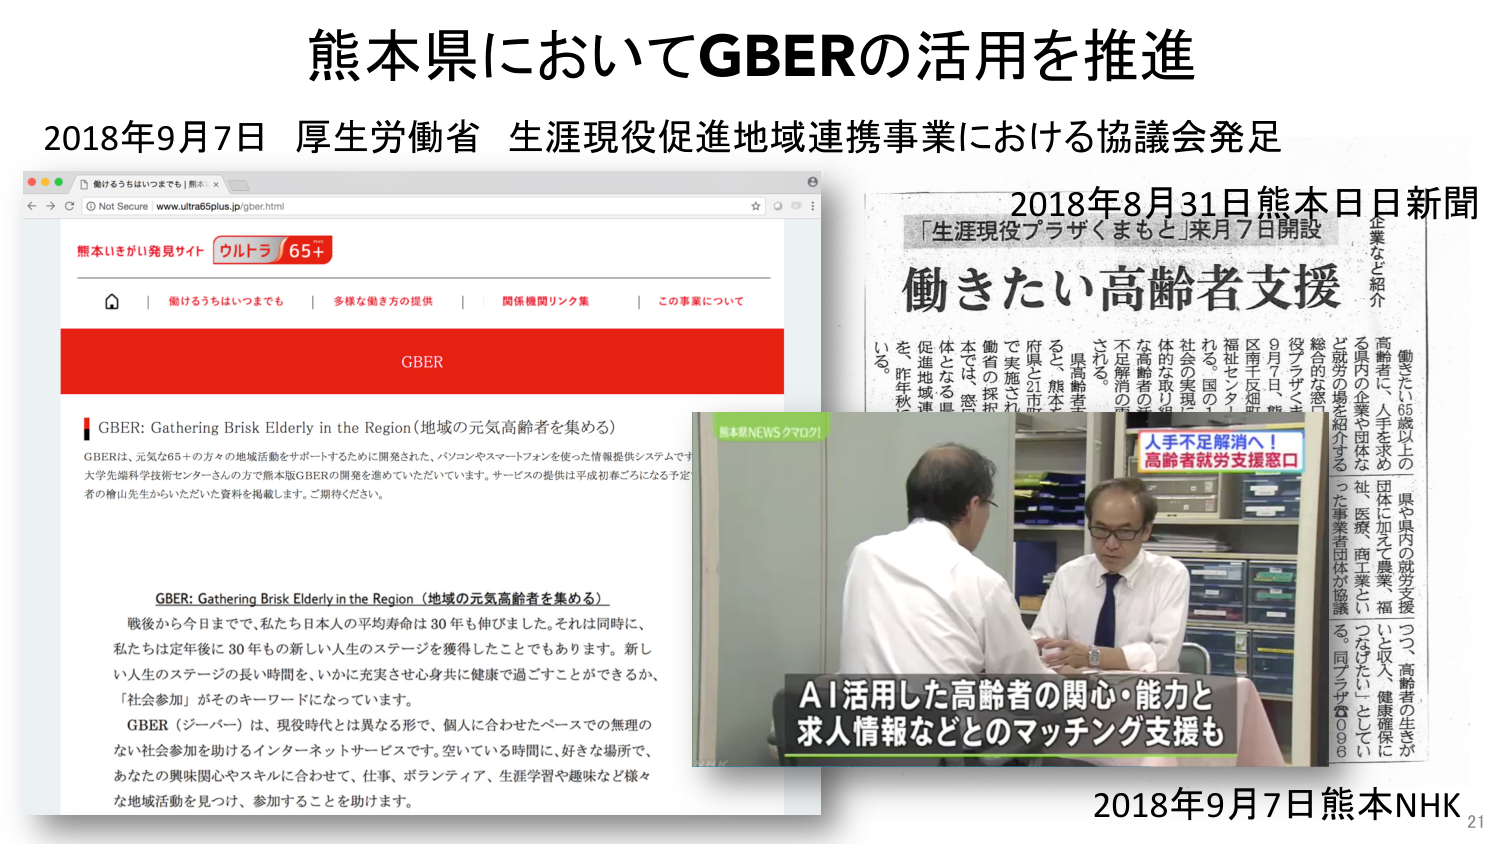
熊本県においてGBERの活用を推進
2018年9月7日 厚生労働省 生涯現役促進地域連携事業における協議会発足

働きうちはいつまでも | 熊本 ×
Not Secure www.ultra65plus.jp/gber.html

熊本いきがい発見サイト ウルトラ65+
働きうちはいつまでも | 多様な働き方の提供 | 関係機関リンク集 | この事業について

GBER

GBER: Gathering Brisk Elderly in the Region（地域の元気高齢者を集める）
GBERは、元気な65歳以上の方々の地域活動をサポートするために開発された、パソコンやスマートフォンを使った情報提供システムです。
大学先端科学技術センターさんの方で熊本版GBERの開発を進めていただいています。サービスの提供は平成初春ごろになる予定です。
者の檜山先生からいただいた資料を掲載します。ご期待ください。

GBER: Gathering Brisk Elderly in the Region（地域の元気高齢者を集める）
戦後から今日まで、私たち日本人の平均寿命は30年も伸びました。それは同時に、
私たちは定年後に30年もの新しい人生のステージを獲得したこともあります。新しい
人生のステージの長い時間を、いかに充実させ心身共に健康で過ごすことができるか、
「社会参加」がそのキーワードになっています。
GBER（ジーバー）は、現役時代とは異なる形で、個人に合わせたペースでの無理の
ない社会参加を助けるインターネットサービスです。空いている時間に、好きな場所で、
あなたの興味関心やスキルに合わせて、仕事、ボランティア、生涯学習や趣味など様々
な地域活動を見つけ、参加することを助けます。

2018年8月31日熊本日日新聞
「生涯現役プラザくまもと」来月7日開設
働きたい高齢者支援

企業など紹介
働きたい65歳以上の
高齢者に、人手を求める
県内の企業や団体などに
と就労の場を紹介する
総合的な窓口
役プラザくまもと」
9月7日、熊本
区南7反畑、熊本
福祉センターに
れる。国の1
体的な取り組
不足高齢者の
される。
で実施され
府県と市町村
る。熊本
本では、窓
促進地域連
を。昨年秋

熊本県NEWS 7707!
人手不足解消へ！
高齢者就労支援窓口

AI活用した高齢者の関心・能力と
求人情報などとのマッチング支援も

2018年9月7日熊本NHK
21